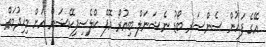
އޭގެ ފަހުން ސެންސަރ ބޯޑު ނެޝަނަލް ބިއުރޯ އޮފް ކްލެސިފިކޭޝަން އަށް މިޚިދުމަތް